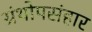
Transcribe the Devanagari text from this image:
ग्रंथोपसंहार